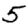
Digit: 5